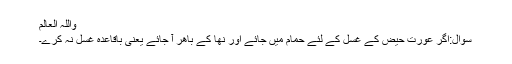
واللہ العالم
سوال:اگر عورت حيض کے غسل کے لئے حمام میں جائے اور نھا کے باھر آ جائے یعنی باقاعدہ غسل نہ کرے۔